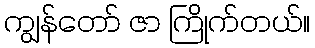
ကျွန်တော် ဇာ ကြိုက်တယ်။